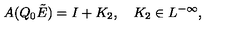
A ( Q _ { 0 } \tilde { E } ) = I + K _ { 2 } , \quad K _ { 2 } \in L ^ { - \infty } ,